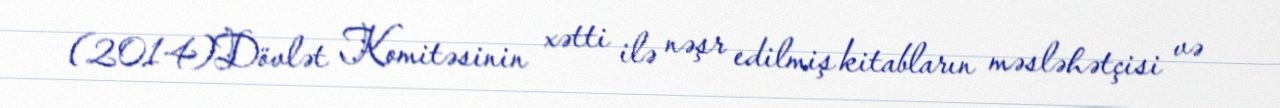
(2014)Dövlət Komitəsinin xətti ilə nəşr edilmiş kitabların məsləhətçisi və